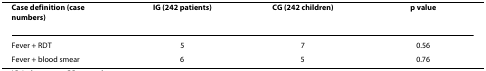
| Case definition (case numbers) | IG (242 patients) | CG (242 children) | p value |
 | --- | --- | --- | --- |
 | Fever + RDT | 5 | 7 | 0.56 |
 | Fever + blood smear | 6 | 5 | 0.76 |